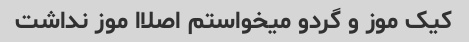
کیک موز و گردو میخواستم اصلاا موز نداشت